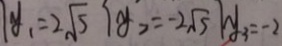
y _ { 1 } = 2 \sqrt { 5 } y _ { 2 } = - 2 \sqrt { 5 } y _ { 3 } = - 2